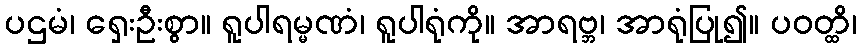
ပဌမံ၊ ရှေးဦးစွာ။ ရူပါရမ္မဏံ၊ ရူပါရုံကို။ အာရဗ္ဘ၊ အာရုံပြု၍။ ပဝတ္ထိ၊